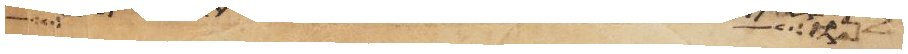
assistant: לנו שם